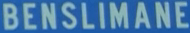
BENSILIMANE